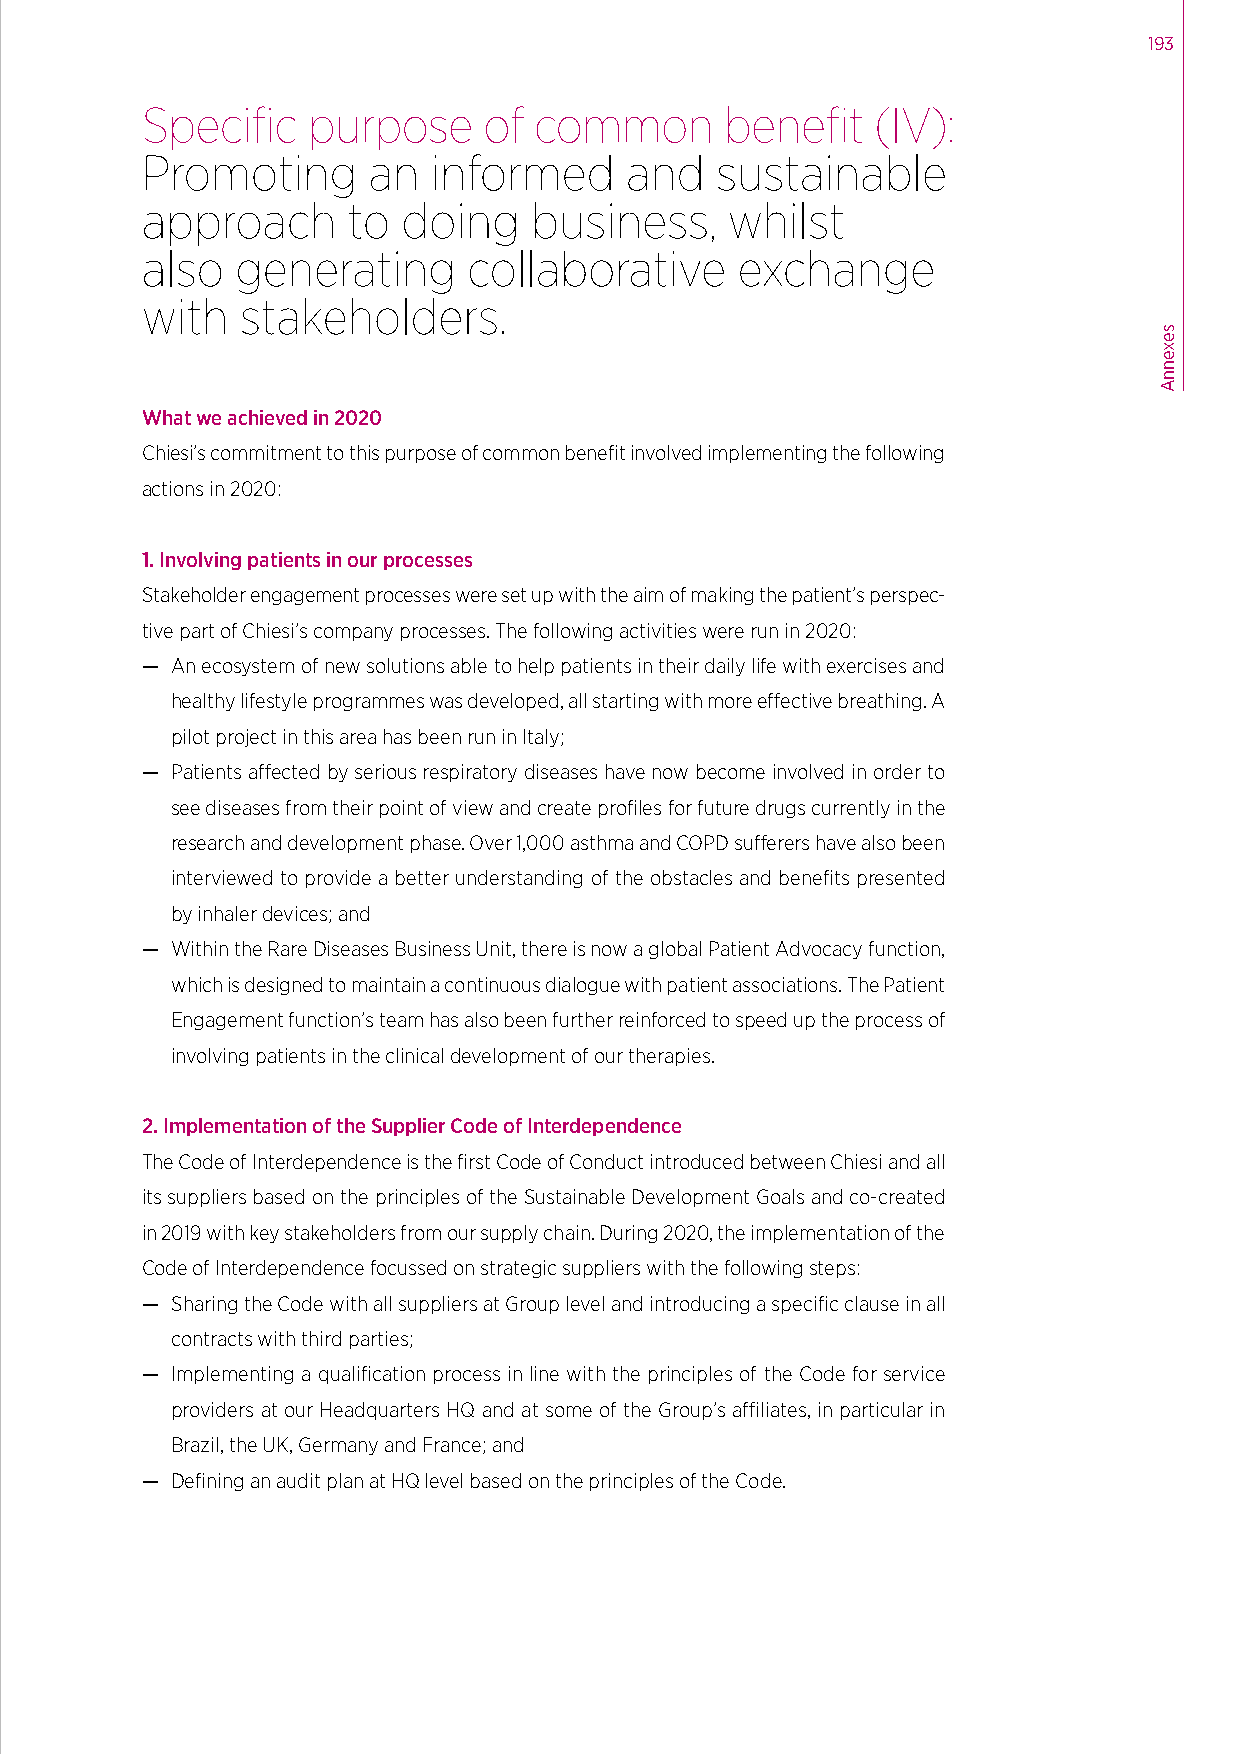
193
 Specific   purpose     of common       benefit   (IV):
 Promoting      an  informed     and   sustainable
 approach      to  doing   business,    whilst
 also   generating     collaborative     exchange
 with   stakeholders.
 What we achieved in 2020
 Chiesi’s commitment to this purpose of common benefit involved implementing the following
 actions in 2020:
 1. Involving patients in our processes
 Stakeholder engagement processes were set up with the aim of making the patient’s perspec-
 tive part of Chiesi’s company processes. The following activities were run in 2020:
 — An ecosystem of new solutions able to help patients in their daily life with exercises and
 healthy lifestyle programmes was developed, all starting with more effective breathing. A
 pilot project in this area has been run in Italy;
 — Patients affected by serious respiratory diseases have now become involved in order to
 see diseases from their point of view and create profiles for future drugs currently in the
 research and development phase. Over 1,000 asthma and COPD sufferers have also been
 interviewed to provide a better understanding of the obstacles and benefits presented
 by inhaler devices; and
 — Within the Rare Diseases Business Unit, there is now a global Patient Advocacy function,
 which is designed to maintain a continuous dialogue with patient associations. The Patient
 Engagement function’s team has also been further reinforced to speed up the process of
 involving patients in the clinical development of our therapies.
 2. Implementation of the Supplier Code of Interdependence
 The Code of Interdependence is the first Code of Conduct introduced between Chiesi and all
 its suppliers based on the principles of the Sustainable Development Goals and co-created
 in 2019 with key stakeholders from our supply chain. During 2020, the implementation of the
 Code of Interdependence focussed on strategic suppliers with the following steps:
 — Sharing the Code with all suppliers at Group level and introducing a specific clause in all
 contracts with third parties;
 — Implementing a qualification process in line with the principles of the Code for service
 providers at our Headquarters HQ and at some of the Group’s affiliates, in particular in
 Brazil, the UK, Germany and France; and
 — Defining an audit plan at HQ level based on the principles of the Code.
 sexennA